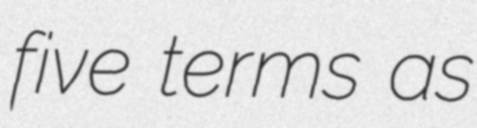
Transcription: five terms as